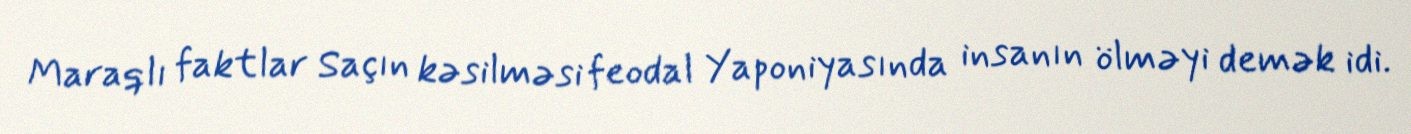
Maraqlı faktlar Saçın kəsilməsi feodal Yaponiyasında insanın ölməyi demək idi.